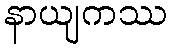
နာယျကဿ